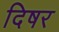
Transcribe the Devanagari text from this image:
दिषर